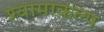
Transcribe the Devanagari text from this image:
श्यामाकल्प